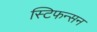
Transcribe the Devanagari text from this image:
स्टिफन्सन